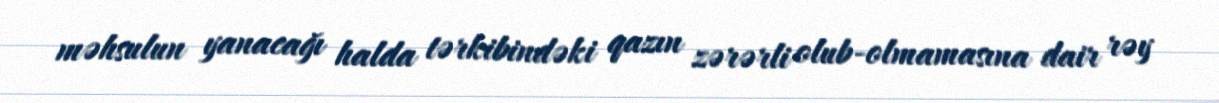
məhsulun yanacağı halda tərkibindəki qazın zərərli olub-olmamasına dair rəy